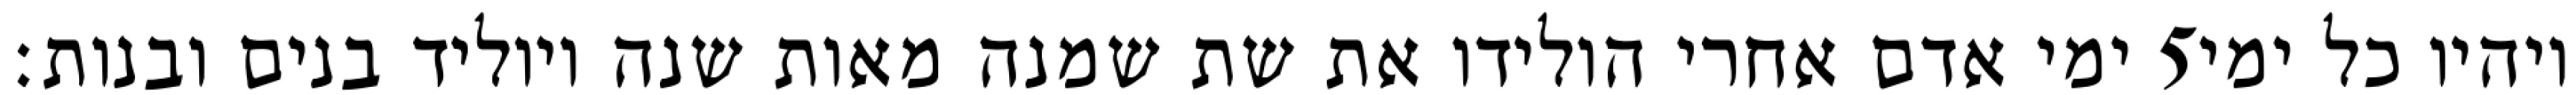
ימי אדם אחרי הולידו את שת שמנה מאות שנה ויוליד בנים ובנות׃ ‎5‏ ויהיו כל ימי